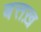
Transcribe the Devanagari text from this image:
बत्तख़